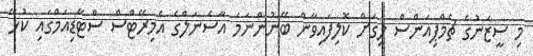
މި ސީޒަނުގެ ޗެމްޕިއަންސް ލީގަށް ކޮލިފައިވާން ބޭނުންނަމަ އާސެނަލްގެ އެމިރޭޓްސް ސްޓޭޑިއަމްގައި ކުޅޭ